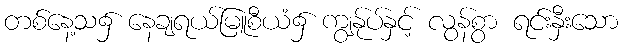
တစ်နေ့သ၌ နေချရယ်မြူစီယံ၌ ကျွန်ုပ်နှင့် လွန်စွာ ရင်းနှီးသော